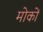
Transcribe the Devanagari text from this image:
मोकों